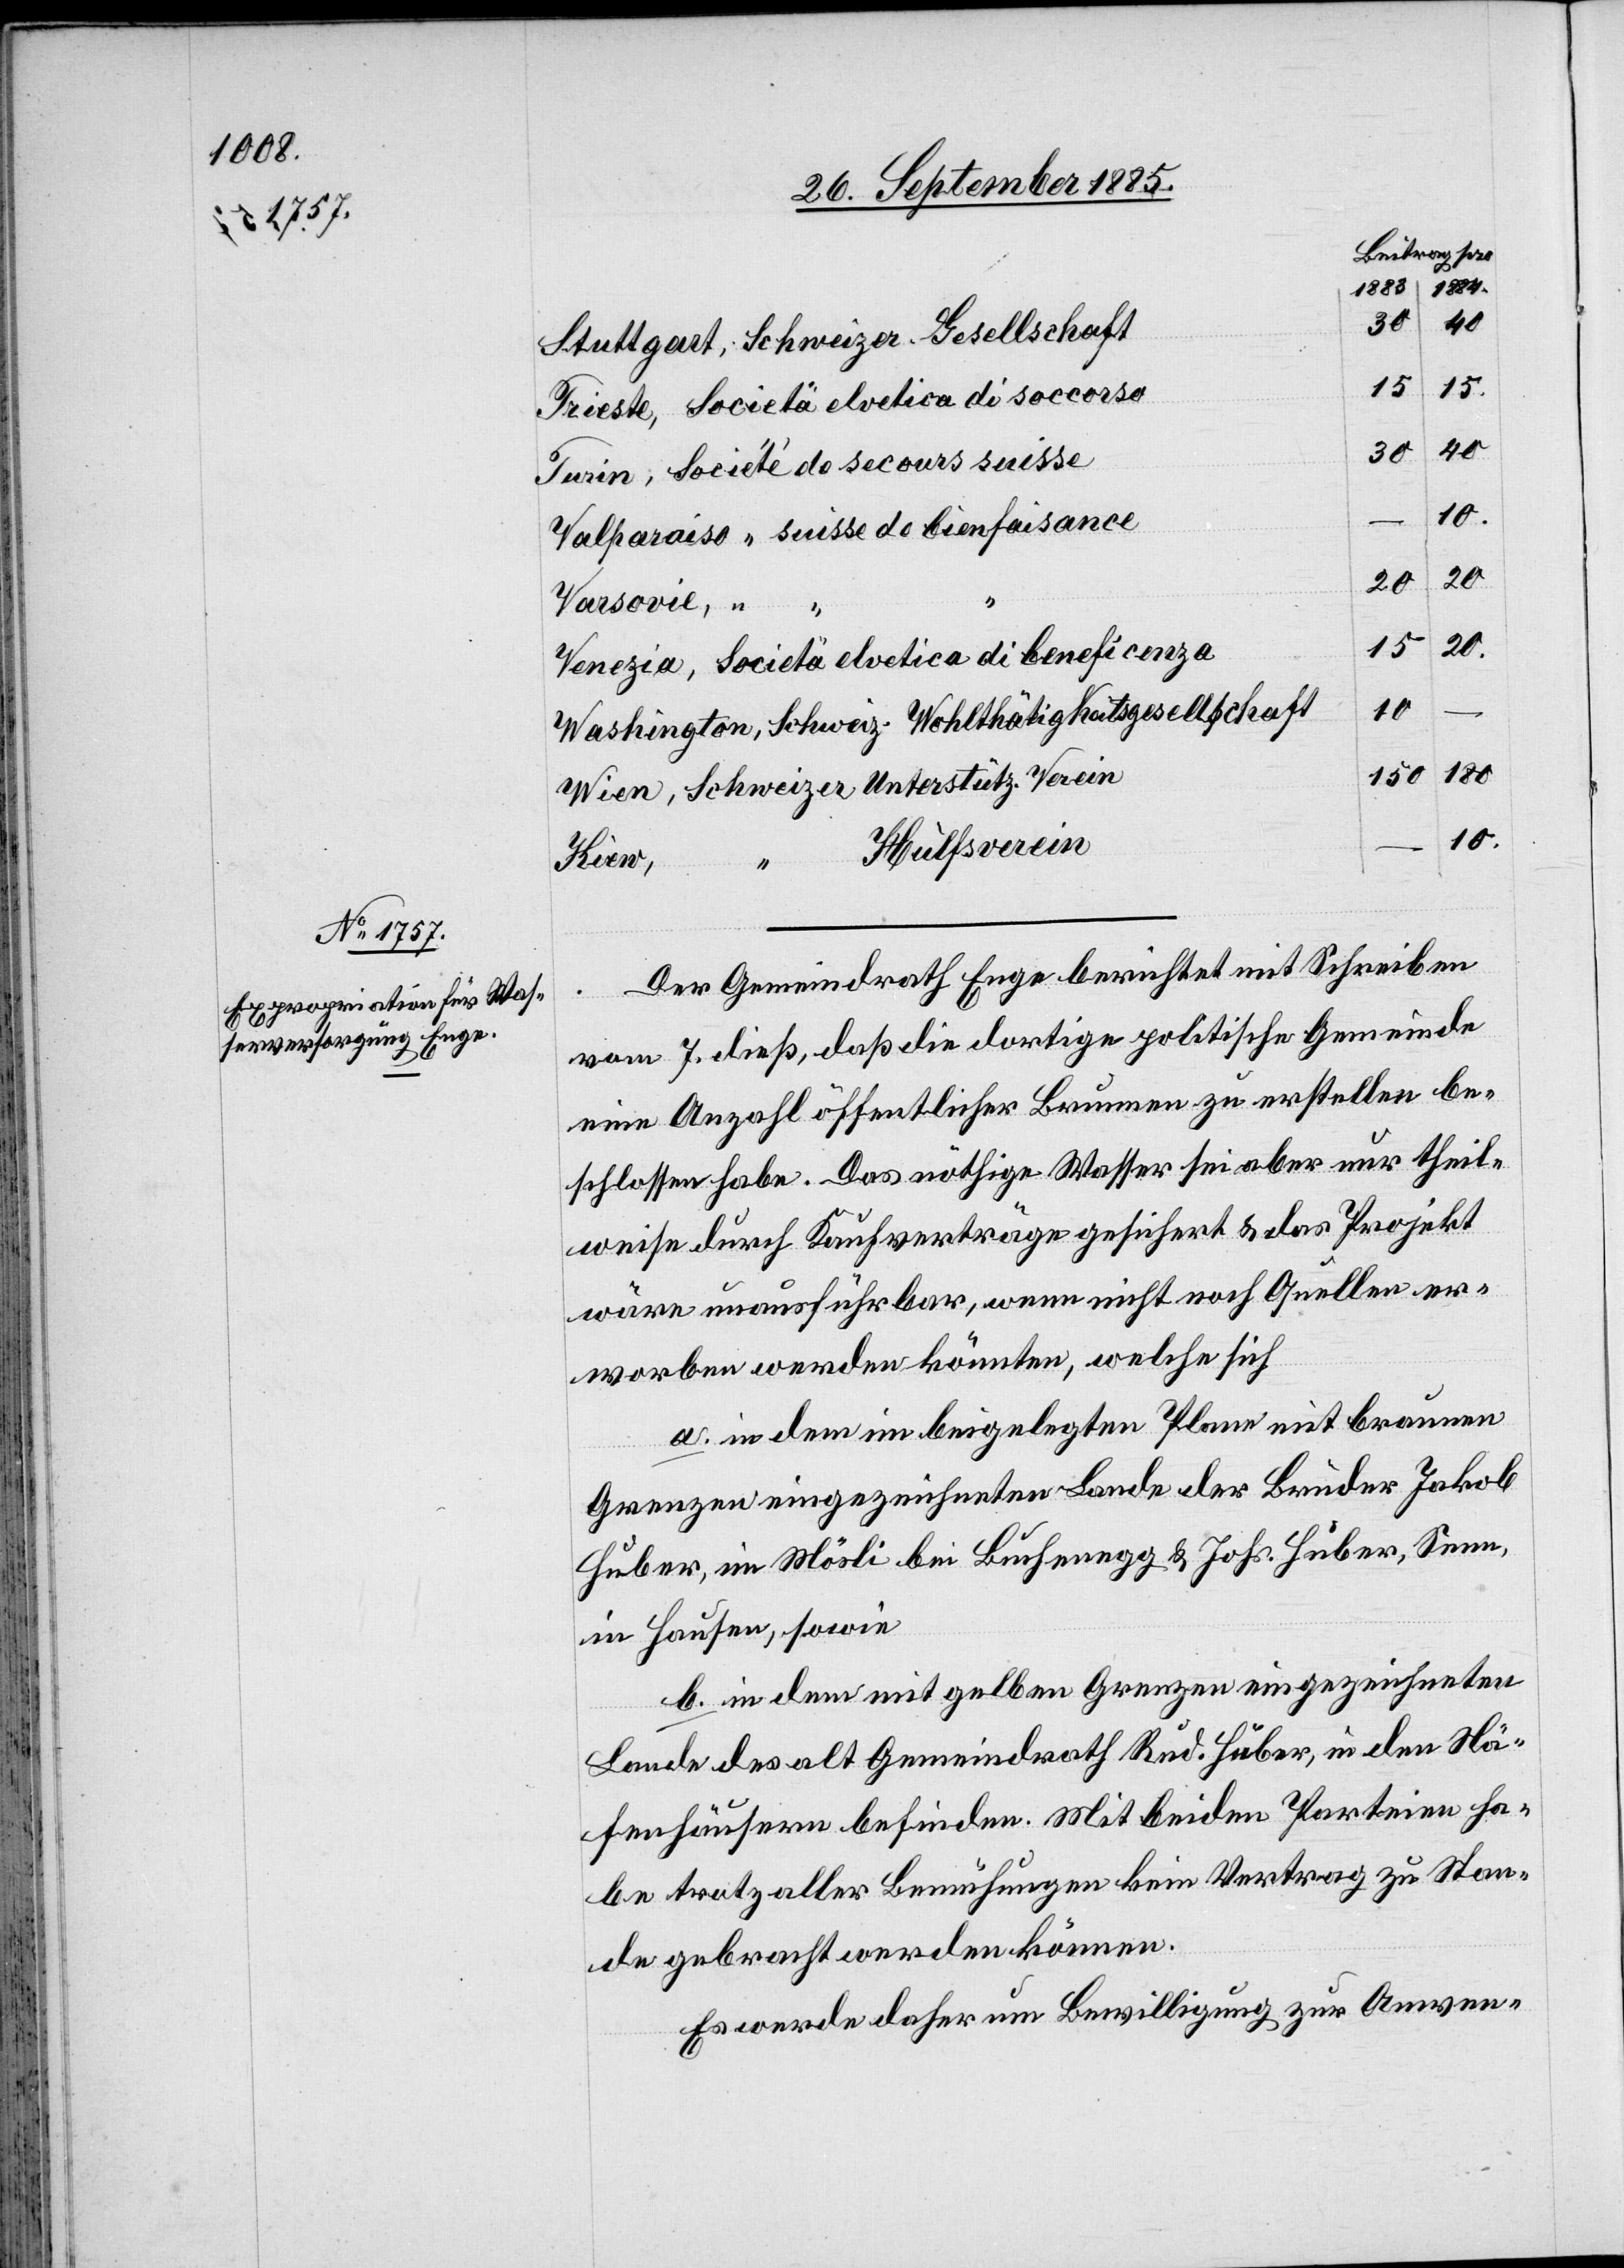
Stuttgart, Schweizer Gesellschaft
15
15.
Trieste, Società elvetica di soccorso
40.
30
Turin, Société de secours suisse
20.
20.
Varsovie,
15
10
Washington, Schweiz. Wohlthätigkeitsgesellschaft
180.
150
10.
Hülfsverein
Kiew,
Der Gemeindrath Enge berichtet mit Schreiben
vom 7. dieß, daß die dortige politische Gemeinde
eine Anzahl öffentlicher Brunnen zu erstellen be¬
schlossen habe. Das nöthige Wasser sei aber nur theil¬
weise durch Kaufverträge gesichert & das Projekt
wäre unausführbar, wenn nicht noch Quellen er¬
worben werden könnten, welche sich
a. in dem im beigelegten Plane mit braunen
Grenzen eingezeichneten Lande der Brüder Jakob
Huber, im Mösli bei Buchenegg & Johs. Huber, Seen,
in Hausen, sowie
b. in dem mit gelben Grenzen eingezeichneten
Verein
Lande des alt Gemeindrath Rud. Huber, in den Nä¬
fenhäusern befinden. Mit beiden Parteien ha¬
be trotz aller Bemühungen kein Vertrag zu Stan¬
de gebracht werden können.
Es werde daher um Bewilligung zur Anwen-